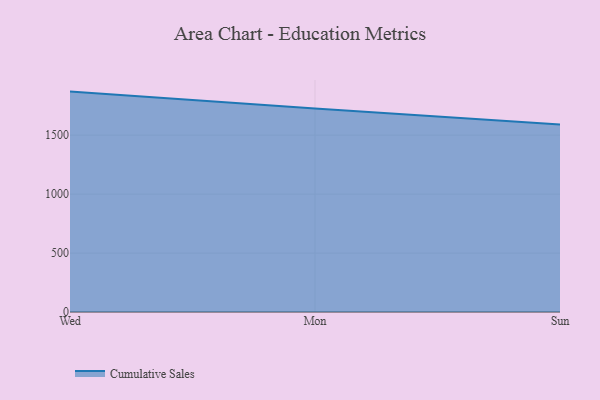
{"axis": {"x": "Day", "y": "Tickets Resolved"}, "legend": ["Cumulative Sales"], "data": [{"x": "Wed", "y": 1869.5, "type": "Cumulative Sales"}, {"x": "Mon", "y": 1725.2, "type": "Cumulative Sales"}, {"x": "Sun", "y": 1590.2, "type": "Cumulative Sales"}]}